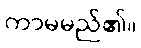
ကာမမည်၏။